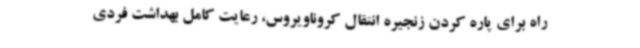
راه برای پاره کردن زنجیره انتقال کروناویروس، رعایت کامل بهداشت فردی